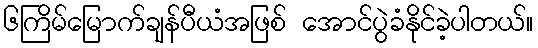
၆ကြိမ်မြောက်ချန်ပီယံအဖြစ် အောင်ပွဲခံနိုင်ခဲ့ပါတယ်။